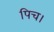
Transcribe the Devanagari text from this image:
पिच।